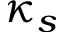
\kappa _ { s }